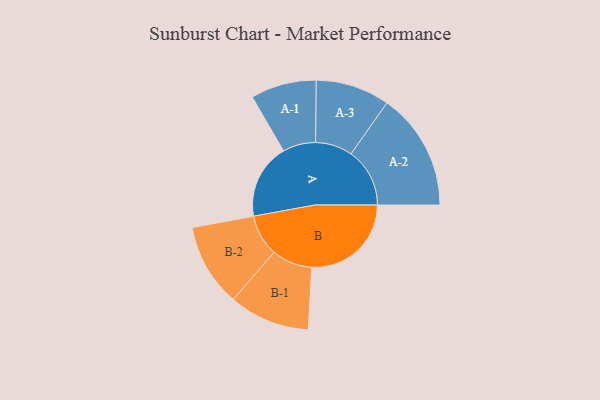
{"axis": {"x": "Segment", "y": "Value"}, "legend": ["", "A", "B"], "data": [{"x": "A", "y": 375, "type": ""}, {"x": "B", "y": 497, "type": ""}, {"x": "A-1", "y": 164, "type": "A"}, {"x": "A-2", "y": 293, "type": "A"}, {"x": "A-3", "y": 185, "type": "A"}, {"x": "B-1", "y": 202, "type": "B"}, {"x": "B-2", "y": 207, "type": "B"}]}